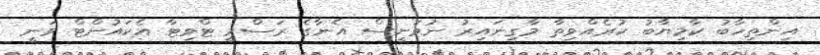
އިންތިހާބު ކާމިޔާބު ކުރެއްވިތާ މާގިނައިރު ނުވަނީސް އެނާގެ ރަސްމީ ޓްވިޓާ އެކައުންޓް ވަނީ